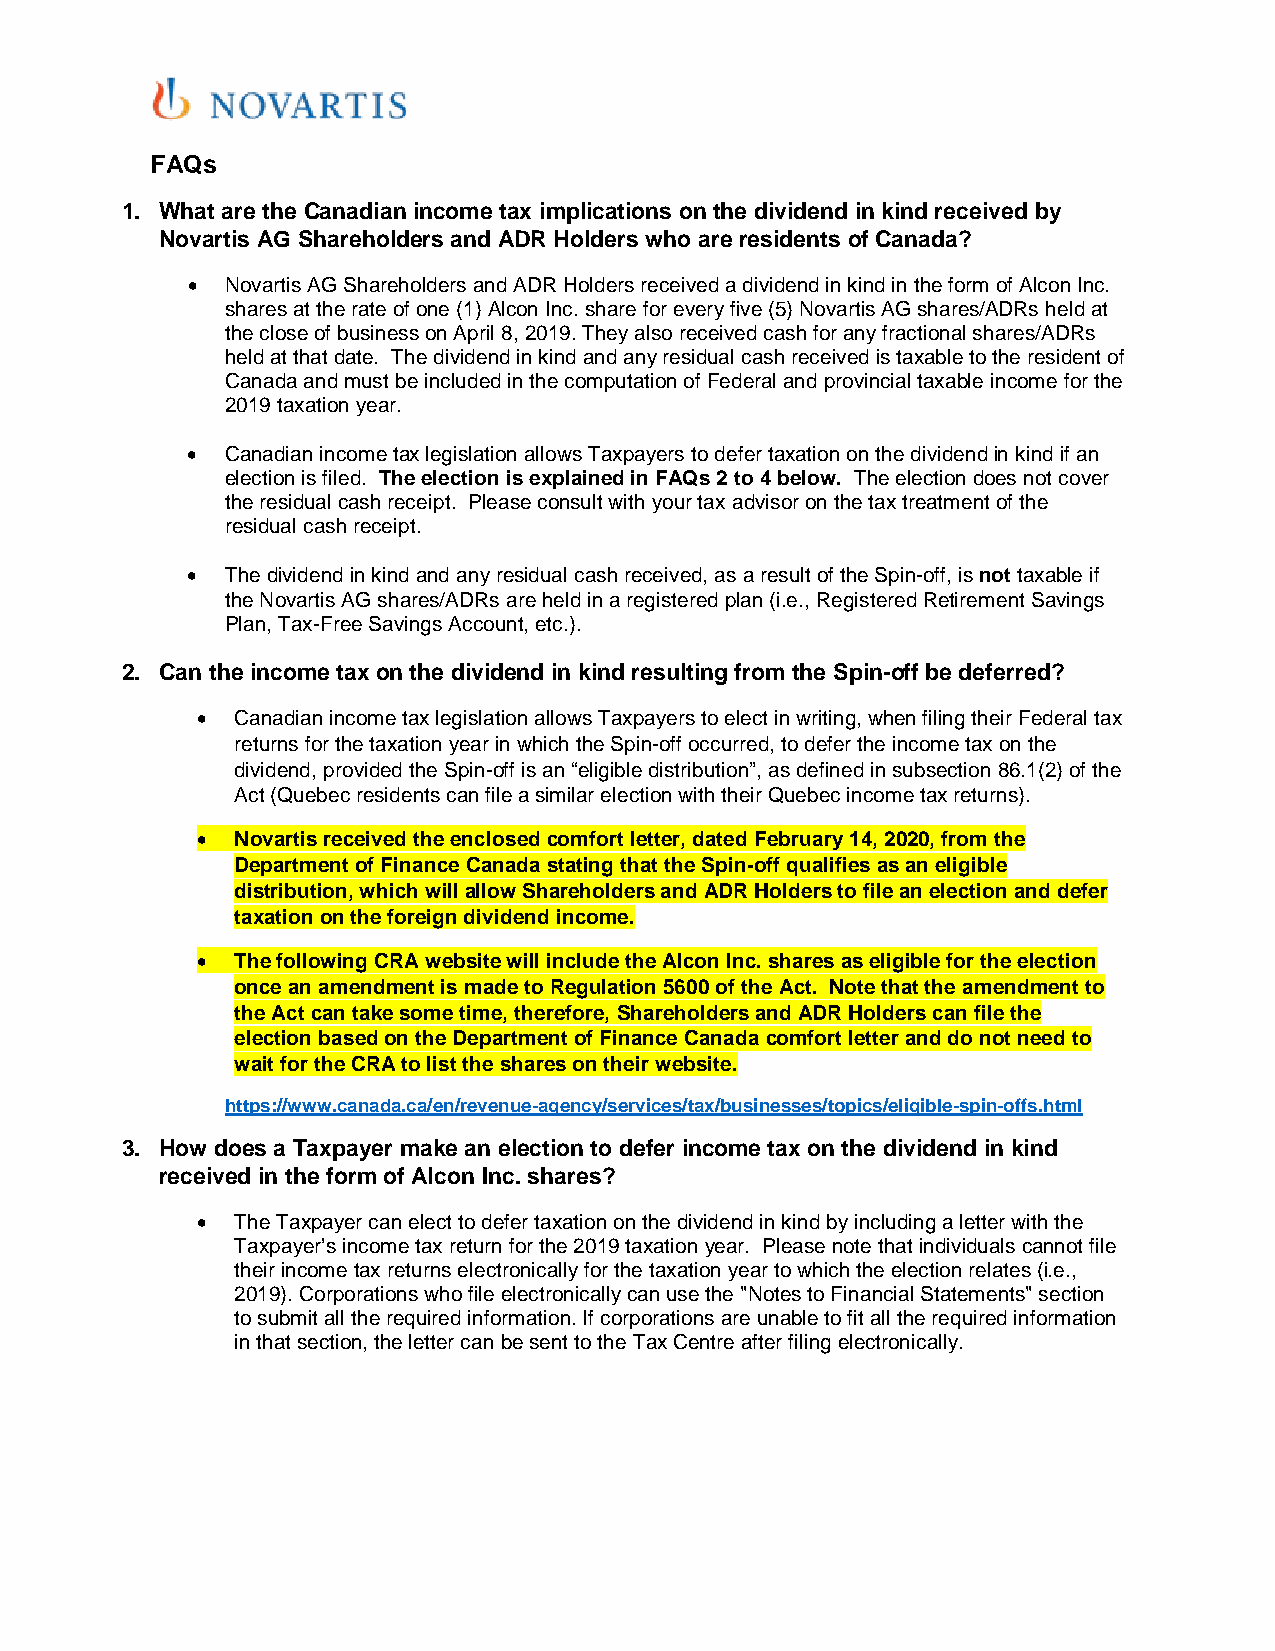
FAQs
 1. What are the Canadian income tax implications on the dividend in kind received by
 Novartis AG Shareholders and ADR Holders who are residents of Canada?
 •  Novartis AG Shareholders and ADR Holders received a dividend in kind in the form of Alcon Inc.
 shares at the rate of one (1) Alcon Inc. share for every five (5) Novartis AG shares/ADRs held at
 the close of business on April 8, 2019. They also received cash for any fractional shares/ADRs
 held at that date. The dividend in kind and any residual cash received is taxable to the resident of
 Canada and must be included in the computation of Federal and provincial taxable income for the
 2019 taxation year.
 •  Canadian income tax legislation allows Taxpayers to defer taxation on the dividend in kind if an
 election is filed. The election is explained in FAQs 2 to 4 below. The election does not cover
 the residual cash receipt. Please consult with your tax advisor on the tax treatment of the
 residual cash receipt.
 •  The dividend in kind and any residual cash received, as a result of the Spin-off, is not taxable if
 the Novartis AG shares/ADRs are held in a registered plan (i.e., Registered Retirement Savings
 Plan, Tax-Free Savings Account, etc.).
 2. Can the income tax on the dividend in kind resulting from the Spin-off be deferred?
 •  Canadian income tax legislation allows Taxpayers to elect in writing, when filing their Federal tax
 returns for the taxation year in which the Spin-off occurred, to defer the income tax on the
 dividend, provided the Spin-off is an “eligible distribution”, as defined in subsection 86.1(2) of the
 Act (Quebec residents can file a similar election with their Quebec income tax returns).
 •  Novartis received the enclosed comfort letter, dated February 14, 2020, from the
 Department of Finance Canada stating that the Spin-off qualifies as an eligible
 distribution, which will allow Shareholders and ADR Holders to file an election and defer
 taxation on the foreign dividend income.
 •  The following CRA website will include the Alcon Inc. shares as eligible for the election
 once an amendment is made to Regulation 5600 of the Act. Note that the amendment to
 the Act can take some time, therefore, Shareholders and ADR Holders can file the
 election based on the Department of Finance Canada comfort letter and do not need to
 wait for the CRA to list the shares on their website.
 https://www.canada.ca/en/revenue-agency/services/tax/businesses/topics/eligible-spin-offs.html
 3. How does a Taxpayer make an election to defer income tax on the dividend in kind
 received in the form of Alcon Inc. shares?
 •  The Taxpayer can elect to defer taxation on the dividend in kind by including a letter with the
 Taxpayer’s income tax return for the 2019 taxation year. Please note that individuals cannot file
 their income tax returns electronically for the taxation year to which the election relates (i.e.,
 2019). Corporations who file electronically can use the "Notes to Financial Statements" section
 to submit all the required information. If corporations are unable to fit all the required information
 in that section, the letter can be sent to the Tax Centre after filing electronically.